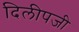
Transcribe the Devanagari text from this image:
दिलीपजी